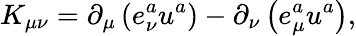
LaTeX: K_{\mu\nu}=\partial_{\mu}\left(e_{\nu}^{a}u^{a}\right)-\partial_{\nu}\left(e_{\mu}^{a}u^{a}\right),